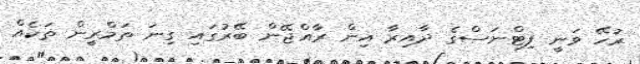
ރުހޭ ވަނީ ފިޓްނަސްގެ ދާއިރާ އިން ރާއްޖޭން ބޭރުގައި ގިނަ ތަމްރީން ތަކެއް